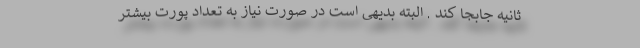
ثانیه جابجا کند . البته بدیهی است در صورت نیاز به تعداد پورت بیشتر